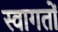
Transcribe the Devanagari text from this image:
स्वागतों